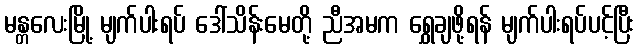
မန္တလေးမြို့ မျက်ပါးရပ် ဒေါ်သိန်းမေတို့ ညီအမက ရွှေချဖို့ရန် မျက်ပါးရပ်ပင့်ပြီး